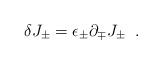
LaTeX: \begin{align*}\delta J_{\pm}= \epsilon_{\pm}\partial_{\mp}J_{\pm}\;\;.\end{align*}